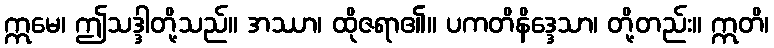
ဣမေ၊ ဤသဒ္ဒါတို့သည်။ အဿာ၊ ထိုဇရာ၏။ ပကတိနိဒ္ဒေသာ၊ တို့တည်း။ ဣတိ၊